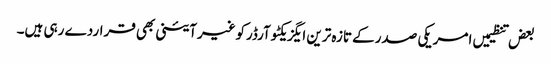
بعض تنظیمیں امریکی صدرکے تازہ ترین ایگزیکٹوآرڈرکوغیرآئینی بھی قراردے رہی ہیں۔